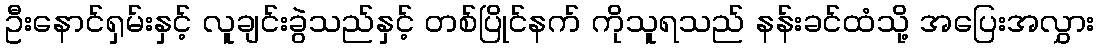
ဦးနောင်ရှမ်းနှင့် လူချင်းခွဲသည်နှင့် တစ်ပြိုင်နက် ကိုသူရသည် နန်းခင်ထံသို့ အပြေးအလွှား